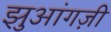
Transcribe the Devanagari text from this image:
झुआंगज़ी